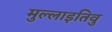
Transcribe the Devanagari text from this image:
मुल्लाइतिवु